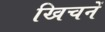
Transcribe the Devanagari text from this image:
खिचनें